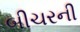
બીચરની